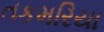
તકમરિયા